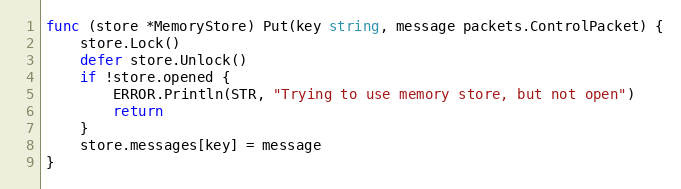
Language: Go
func (store *MemoryStore) Put(key string, message packets.ControlPacket) {
	store.Lock()
	defer store.Unlock()
	if !store.opened {
		ERROR.Println(STR, "Trying to use memory store, but not open")
		return
	}
	store.messages[key] = message
}